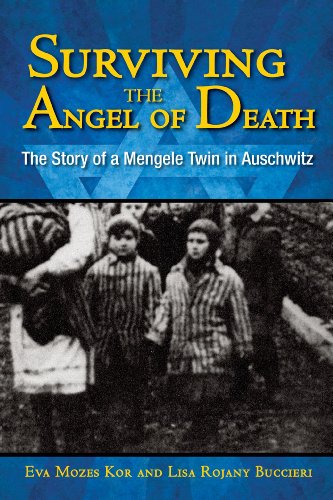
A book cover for Surviving the Angel of Death: The Story of a Mengele Twin in Auschwitz; Eva Kor; Teen & Young Adult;